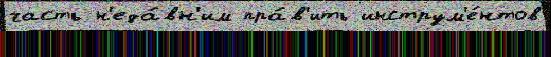
часть н'еда́вн'им пра́в'ить инструм'е́нтов